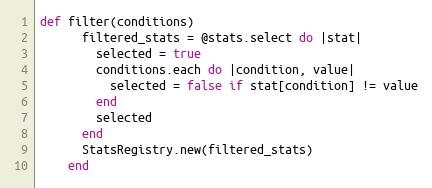
Language: Ruby
def filter(conditions)
      filtered_stats = @stats.select do |stat|
        selected = true
        conditions.each do |condition, value|
          selected = false if stat[condition] != value
        end
        selected
      end
      StatsRegistry.new(filtered_stats)
    end